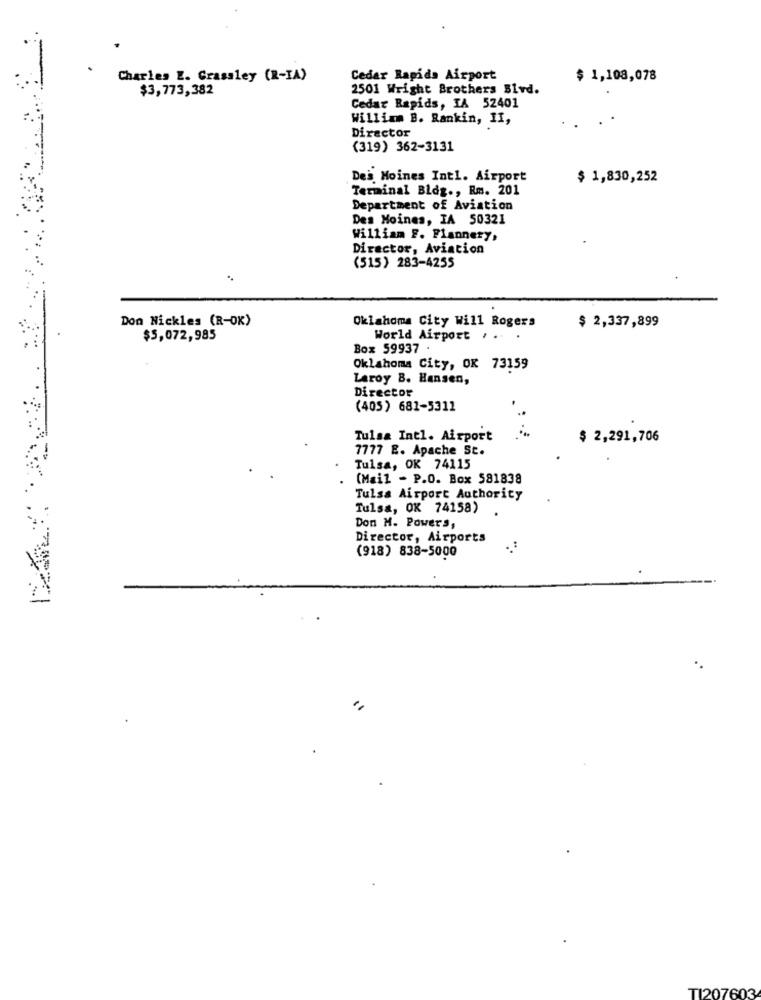
Charles Z. Grassley (R-IA)
Cedar Rapids Airport
$ 1,108,078
$3,773,382
2501 Wright Brothers Blvd.
Cedar Rapids, IA 52401
William B. Rankin, II,
Director
(319) 362-3131
Des Moines Intl. Airport
$ 1,830,252
Terminal Bldg ., Rm. 201
Department of Aviation
Des Moines, IA 50321
William F. Flannery,
Director, Aviation
(515) 283-4255
Don Nickles (R-OK)
Oklahoma City Will Rogers
$ 2,337,899
$5,072,985
World Airport . ..
Box 59937 .
Oklahoma City, OK 73159
Laroy B. Hansen,
Director
(405) 681-5311
Tulsa Intl. Airport
$ 2,291,706
7777 E. Apache St.
Tulsa, OK 74115
(Mail - P.O. Box 581838
Tulsa Airport Authority
Tulsa, OK 74158)
Don M. Powers,
Director, Airports
(918) 838-5000
TI207603